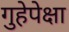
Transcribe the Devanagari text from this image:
गुहेपेक्षा